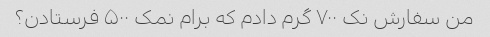
من سفارش نک ۷۰۰ گرم دادم که برام نمک ۵۰۰ فرستادن؟